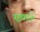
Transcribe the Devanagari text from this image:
सूखाते